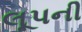
લૂપની